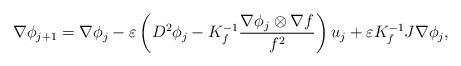
LaTeX: \begin{align*}\nabla \phi_{j+1}=\nabla \phi_{j}-\varepsilon \left(D^{2}\phi_{j}-K_{f}^{-1}\frac{\nabla \phi_{j}\otimes \nabla f}{f^{2}}\right)u_{j}+\varepsilon K_{f}^{-1}J\nabla \phi_{j},\end{align*}